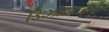
ડિઝાઇનરની